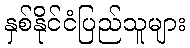
နှစ်နိုင်ငံပြည်သူများ